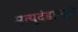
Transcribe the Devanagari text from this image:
मृत्युदंडामुळे